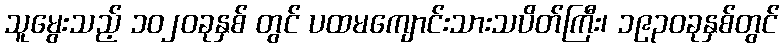
သူမွေးသည့် ၁၀၂၀ခုနှစ် တွင် ပထမကျောင်းသားသပိတ်ကြီး၊ ၁၉၃၀ခုနှစ်တွင်